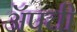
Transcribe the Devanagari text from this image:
ॲपची